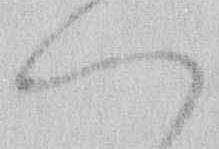
へ